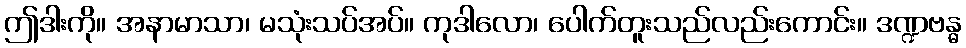
ဤဒါးကို။ အနာမာသာ၊ မသုံးသပ်အပ်။ ကုဒါလော၊ ပေါက်တူးသည်လည်းကောင်း။ ဒဏ္ဍဗန္ဓ